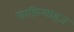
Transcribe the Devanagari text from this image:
साफ़िलाइज